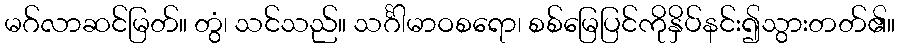
မဂ်လာဆင်မြတ်။ တွံ၊ သင်သည်။ သင်္ဂါမာဝစရော၊ စစ်မြေပြင်ကိုနှိပ်နင်း၍သွားတတ်၏။